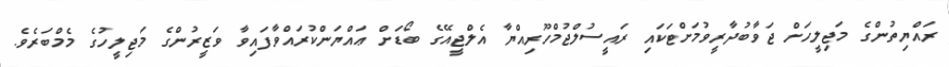
ރައްޔިތުންގެ މަޖިލީހަށް ޖަވާބުދާރީވުމަށްޓަކައި ރައީސުލްޖުމްހޫރިއްޔާ އެލްޖީއޭގެ ބޯޑަށް ޢައްޔަންކުރައްވާފައިވާ ވަޒީރުންގެ މަޖިލީހުގެ މެމްބަރެވެ.